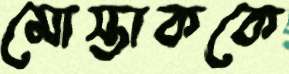
মোস্তাককে